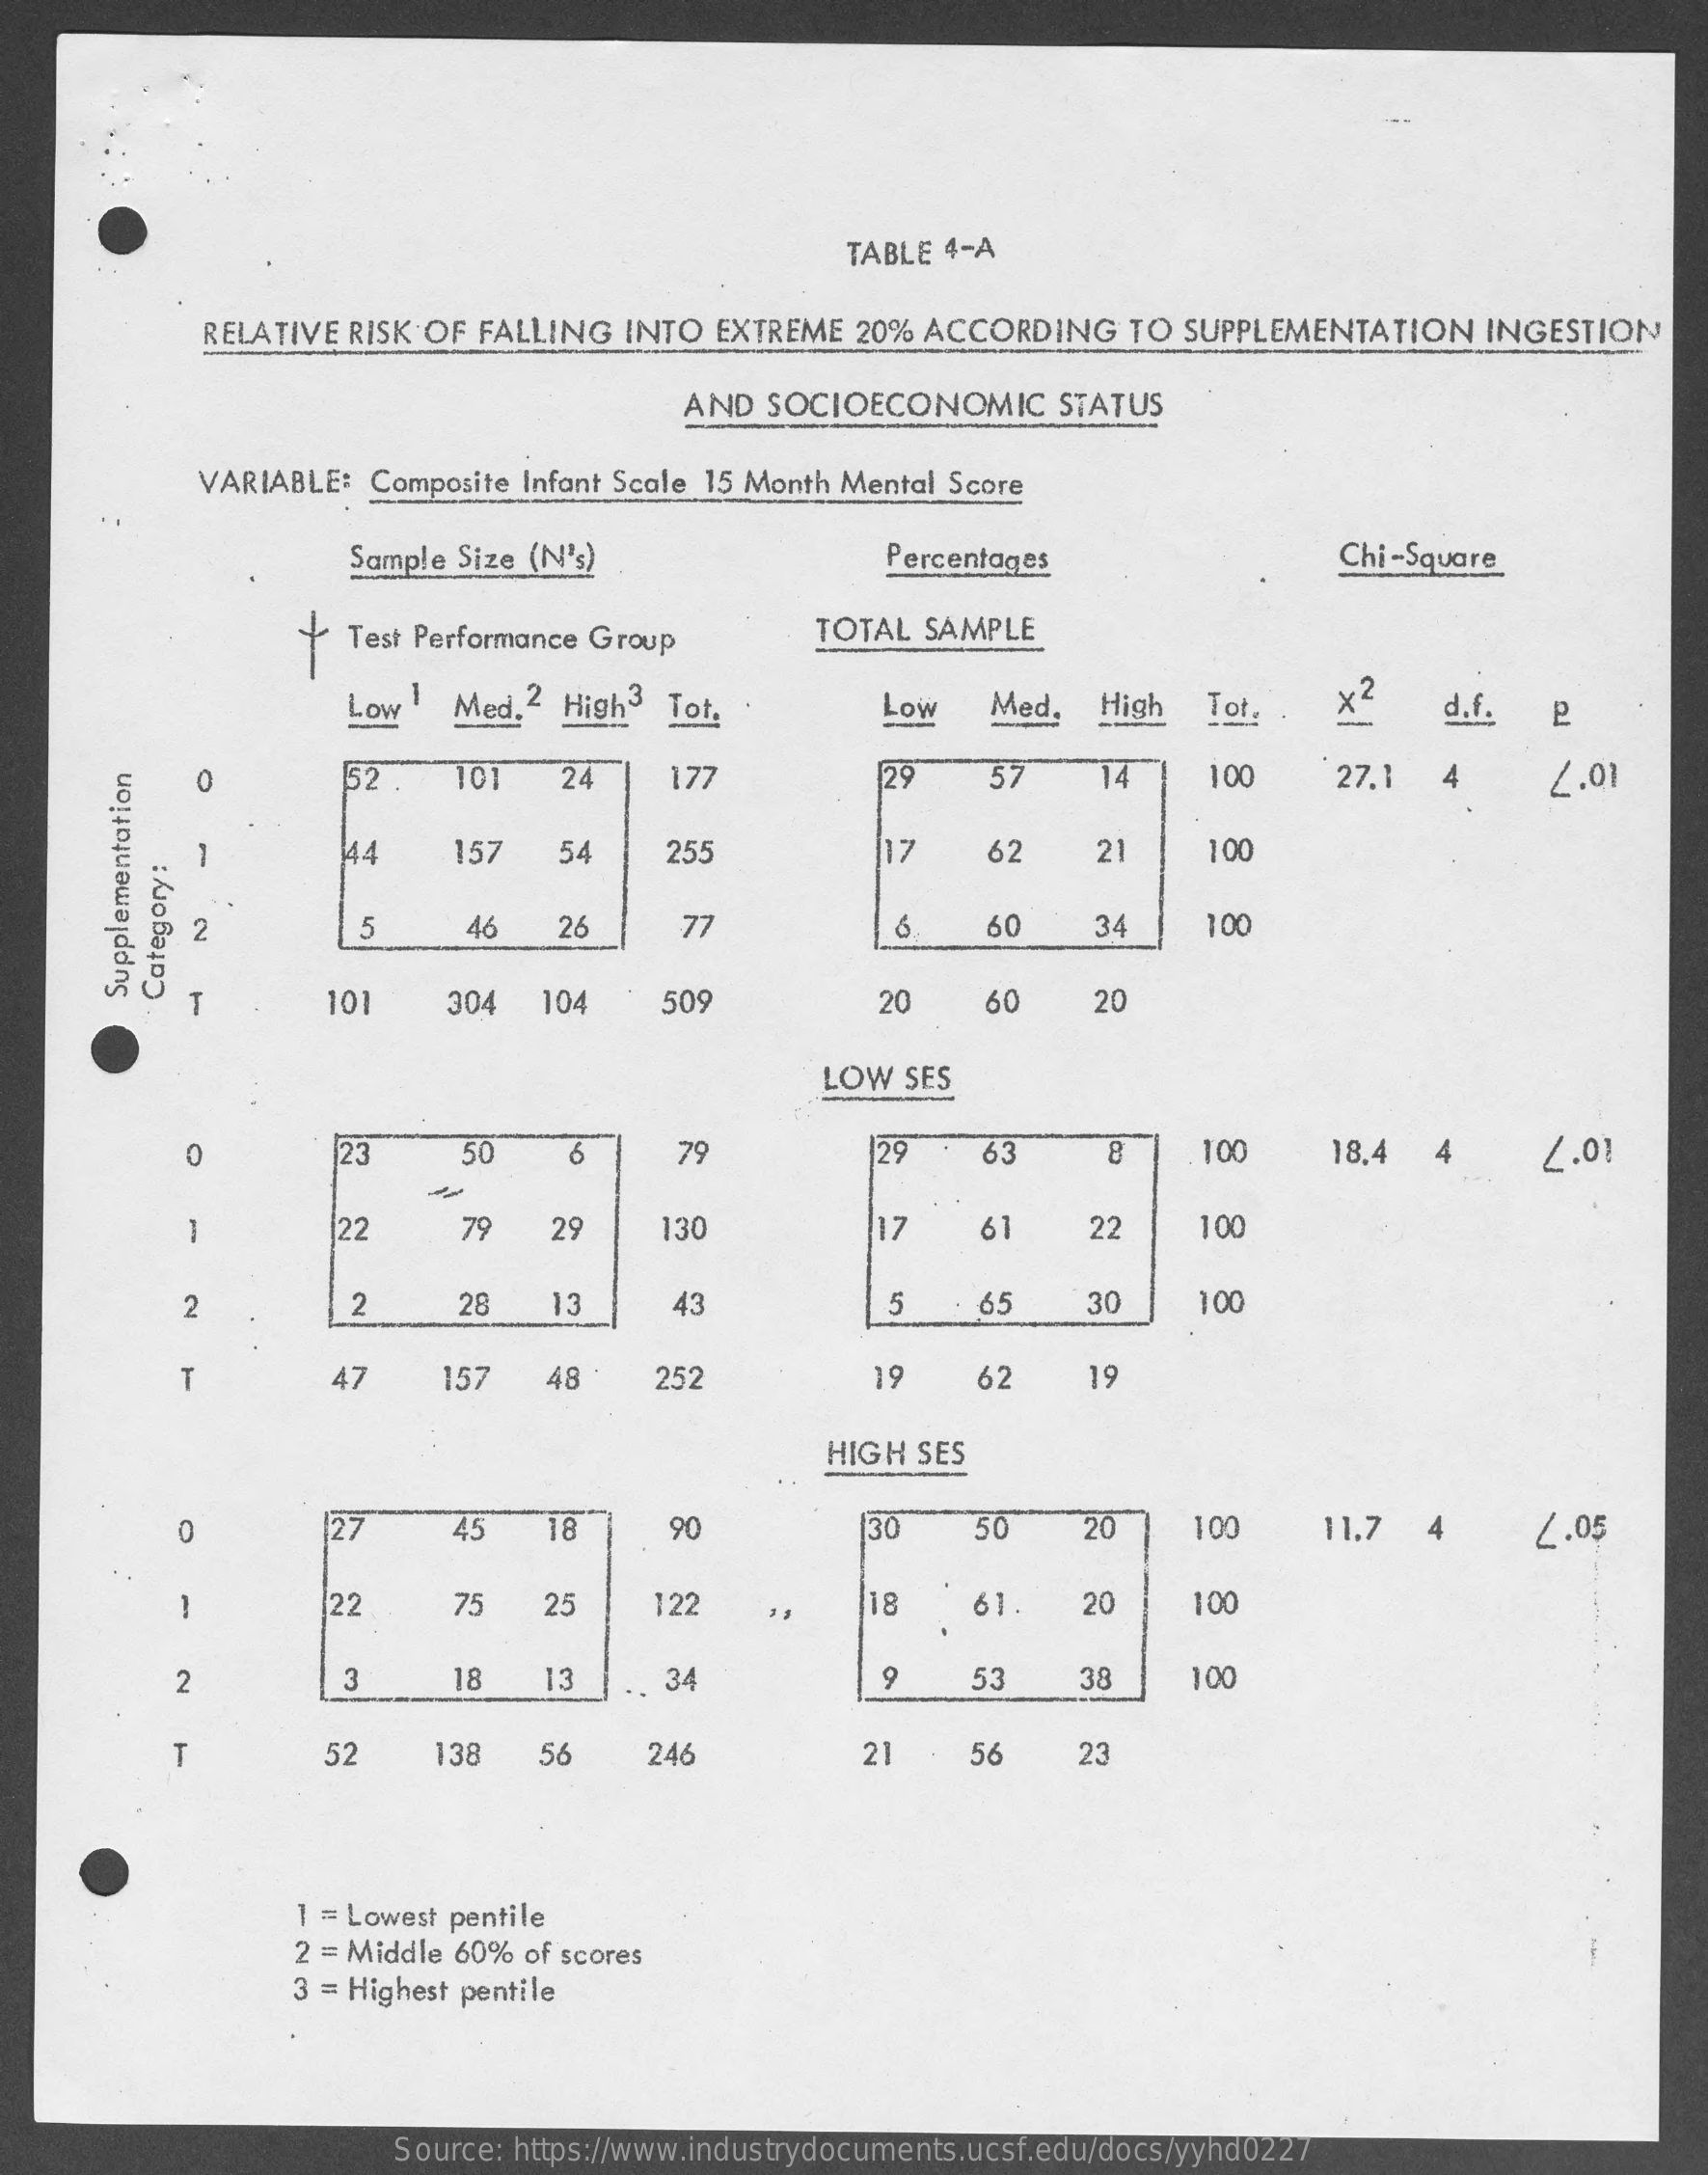
TABLE 4-A
     RELATIVE RISK OF FALLING INTO EXTREME 20% ACCORDING TO SUPPLEMENTATION INGESTION
     AND SOCIOECONOMIC STATUS
     VARIABLE: Composite Infant Scale 15 Month Mental Score
     Sample Size (N's)    Percentages    Chi-Square
     Test Performance Group TOTAL SAMPLE
     Low  Med. 2 High3 Tot.    Low  Med. High Tot. . x2   d.f. P
     52 . 101  24   177    29    14   100   27.1 4    2.01 0
     144  157  54   255    17   62   21    100
     -
     2    5    46  26    77    60   34    100
     T    101   304 104   509    20   60   20
     Supplementation Category:
     LOW SES
     0    23    50   6    79    29   63    8   100    18,4 4   2.01
     1    22   79   29   130    17  61    22   100
     2    2    28  13    43    5  . 65   30   100
     T    47    157  48   252    19  62    19
     HIGH SES
     0    27    45   18    90    30   50    20   100   11.7 4    2.05
     22    75  25    122    18   61.  20    100
     -
     2    3    18   13   34    9   53   38    100
     T    52   138  56   246    21   56   23
     1 = Lowest pentile
     2 = Middle 60% of scores
     3 = Highest pentile
     Source: https://www.industrydocuments.ucsf.edu/docs/yyhd0227